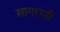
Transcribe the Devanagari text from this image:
सागरांनी